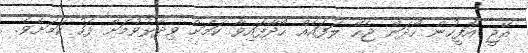
އޭޖީ އޮފީހުން ހޯދަން ޖެހޭ ލަފައެއް ހޯދާފައިވާ ކަމަށް ވިދާޅުވުމަށް ފަހު ކަމަށެވެ.